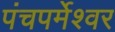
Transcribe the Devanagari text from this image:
पंचपर्मेश्वर